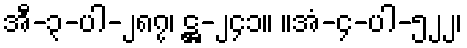
အီ-၃-ပါ-၂၈၇၊ ဋ္ဌ-၂၄၁။ ။အံ-၄-ပါ-၅၂၂၊